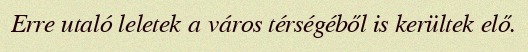
Erre utaló leletek a város térségéből is kerültek elő.